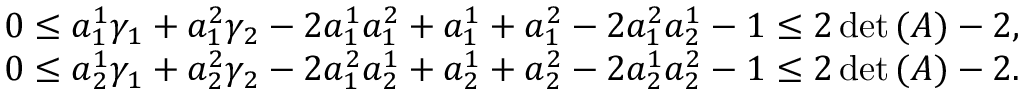
\begin{array} { r } { \begin{array} { r } { 0 \leq a _ { 1 } ^ { 1 } \gamma _ { 1 } + a _ { 1 } ^ { 2 } \gamma _ { 2 } - 2 a _ { 1 } ^ { 1 } a _ { 1 } ^ { 2 } + a _ { 1 } ^ { 1 } + a _ { 1 } ^ { 2 } - 2 a _ { 1 } ^ { 2 } a _ { 2 } ^ { 1 } - 1 \leq 2 \operatorname* { d e t } { ( A ) } - 2 , } \\ { 0 \leq a _ { 2 } ^ { 1 } \gamma _ { 1 } + a _ { 2 } ^ { 2 } \gamma _ { 2 } - 2 a _ { 1 } ^ { 2 } a _ { 2 } ^ { 1 } + a _ { 2 } ^ { 1 } + a _ { 2 } ^ { 2 } - 2 a _ { 2 } ^ { 1 } a _ { 2 } ^ { 2 } - 1 \leq 2 \operatorname* { d e t } { ( A ) } - 2 . } \end{array} } \end{array}